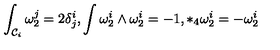
\int _ { { \cal C } _ { i } } \omega _ { 2 } ^ { j } = 2 \delta _ { j } ^ { i } , \int \omega _ { 2 } ^ { i } \wedge \omega _ { 2 } ^ { i } = - 1 , * _ { 4 } \omega _ { 2 } ^ { i } = - \omega _ { 2 } ^ { i }